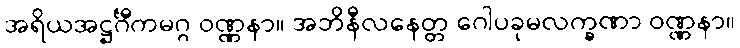
အရိယအဋ္ဌင်္ဂီကမဂ္ဂ ဝဏ္ဏနာ။ အဘိနီလနေတ္တ ဂေါပခုမလက္ခဏာ ဝဏ္ဏနာ။